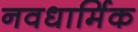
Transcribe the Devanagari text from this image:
नवधार्मिक